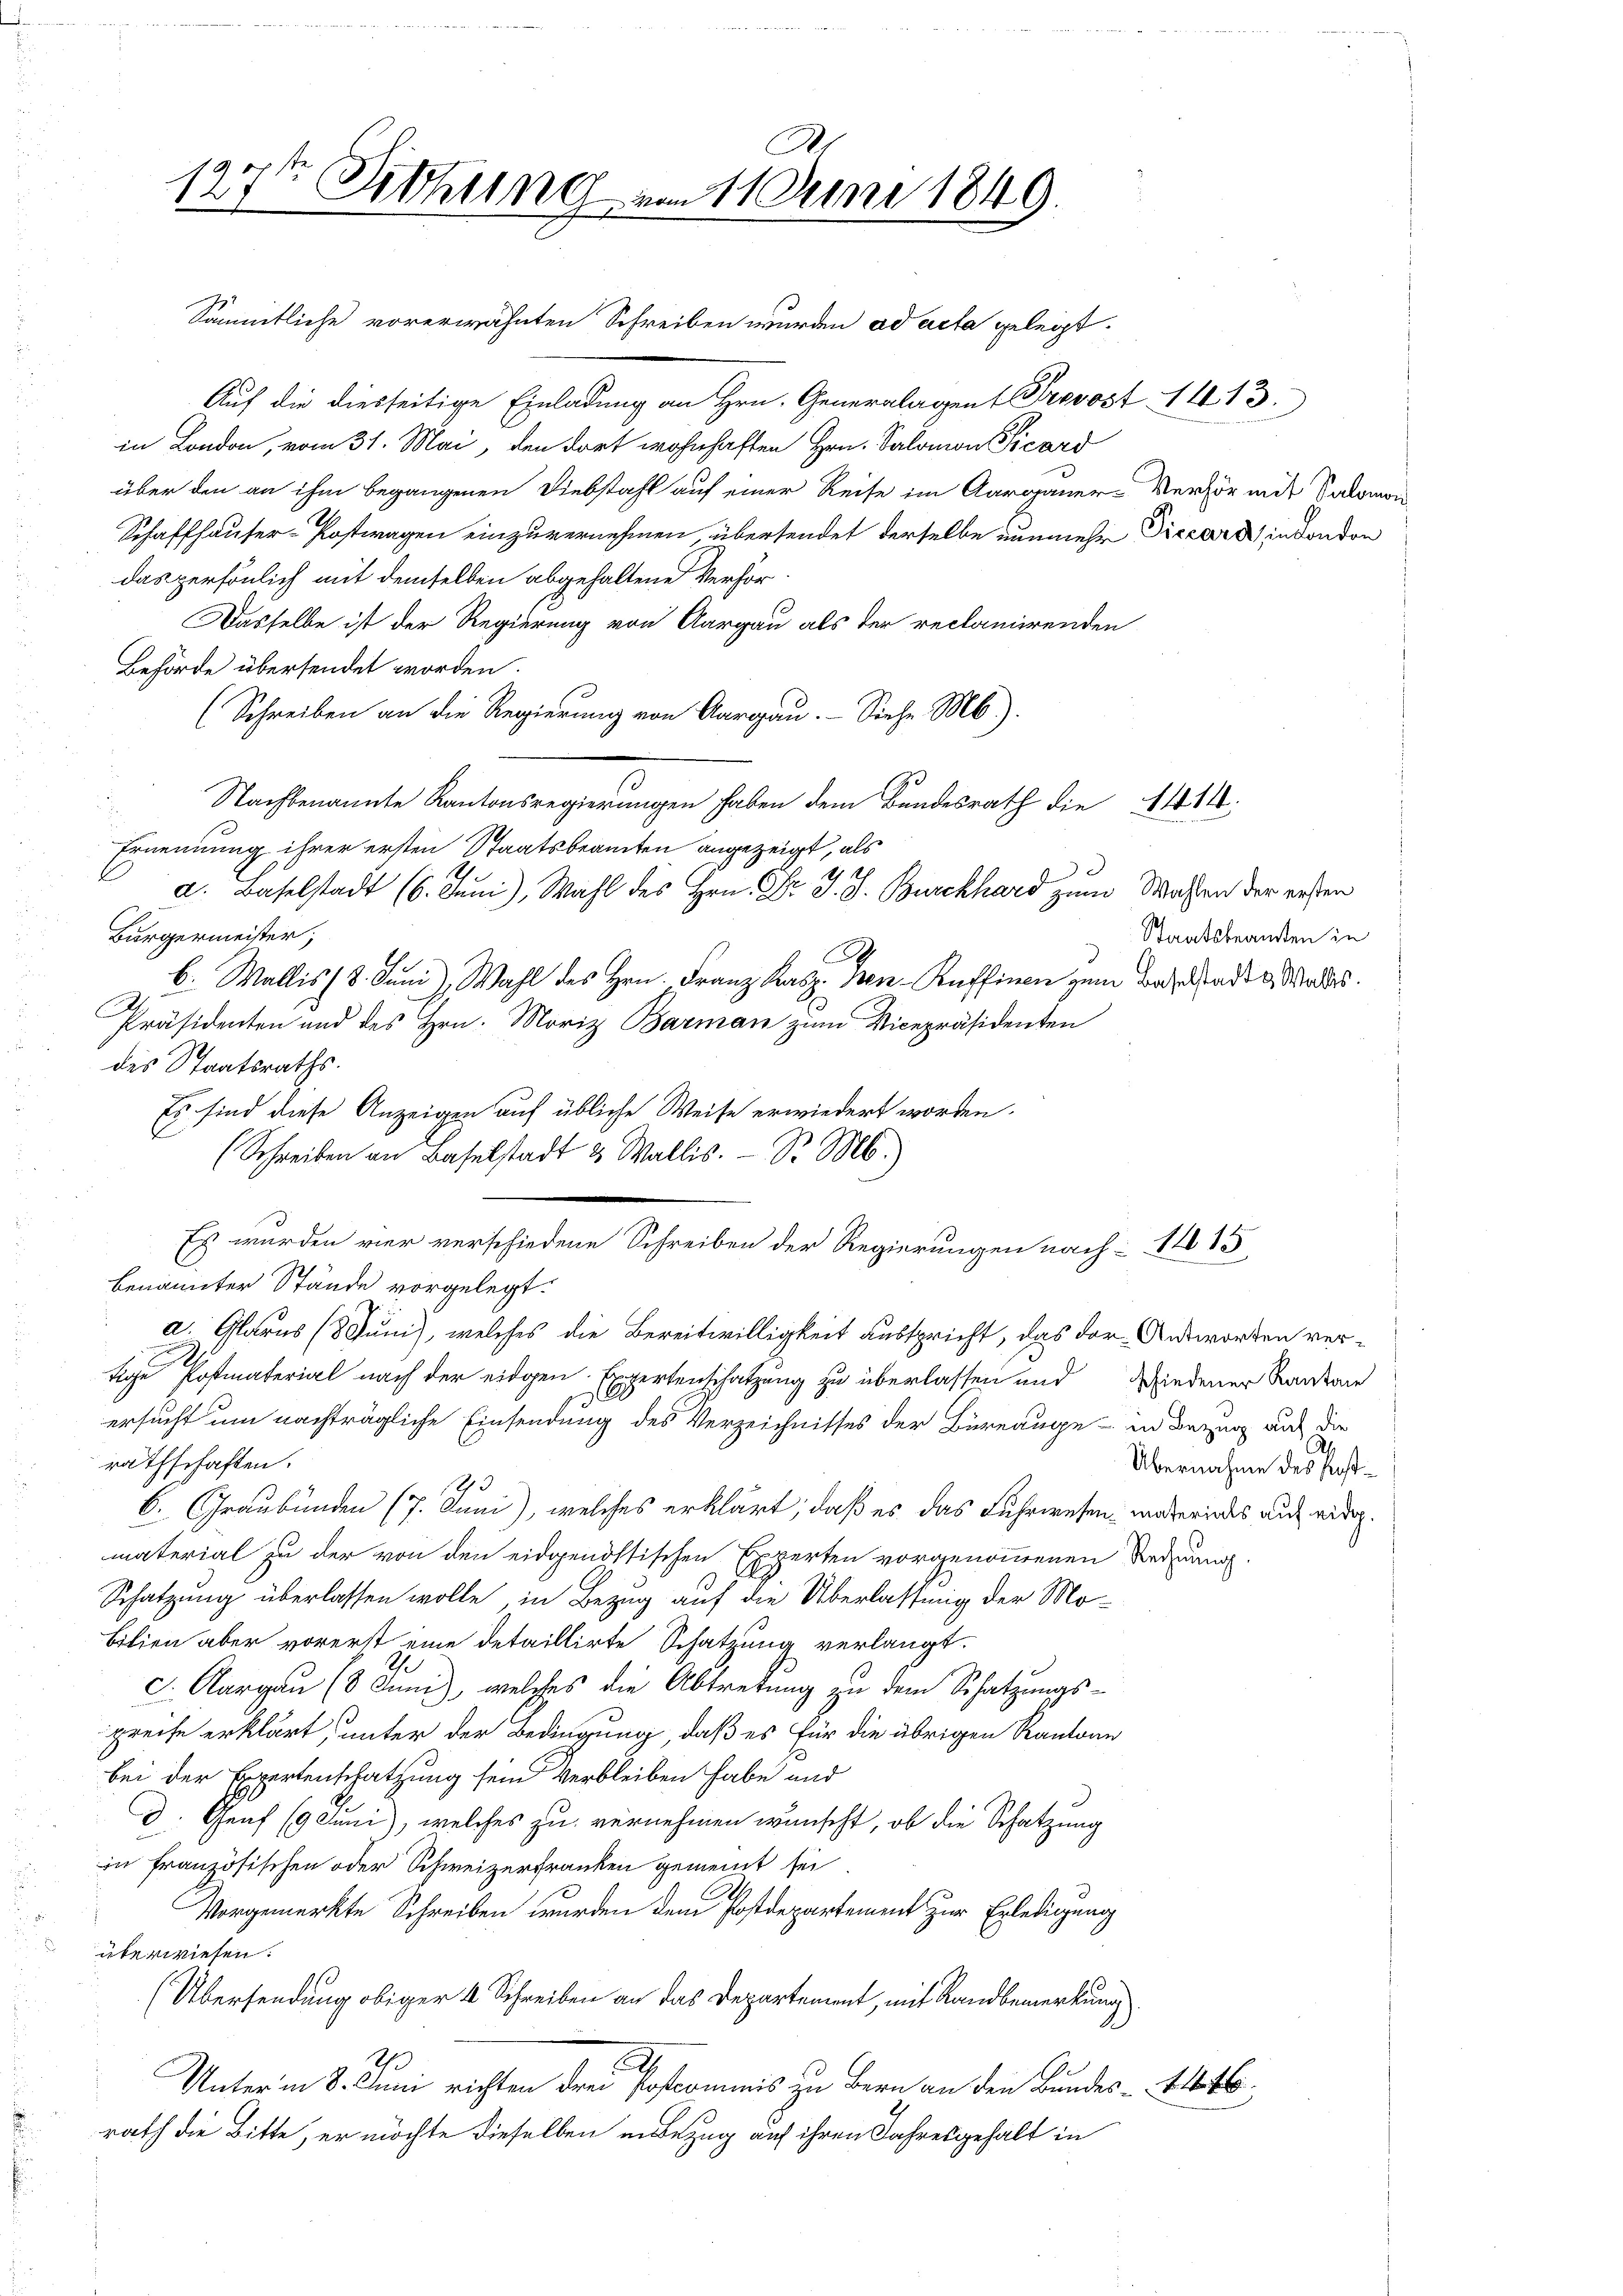
A.
127ten Sitzung am 11. Juni 1849.

Auf die diesseitige Einladung an Hrn. Generalagen Prevost 1413.
in London, vom 31. Mai, den dort wohnhaften Hrn. Salomon Picard
über den an ihm begangenen Diebstahl auf einer Reise im Aargauer-Verhör mit Salomon
Schaffhauser-Postwagen einzuvernehmen übersendet derselbe nunmehr Diccard in London
das persönlich mit demselben abgehaltene Verhör
Dasselbe ist der Regierung von Aargau als der reclamirenden
Behörde übersendet worden.
(Schreiben an die Regierung von Aargau. Siehe Mb.)
Nachbenannte Kantonsregierungen haben dem Bundesrath die 1414.
Ernennung ihrer ersten Staatsbeamten angezeigt, als
4
a. Baselstadt (6. Juni), Wahl des Hrn. Dr. S. S. Burckhard zum Wassen der ersten
Bürgermeister,
b. Wallis 18. Juni Wahl des Hrn. Franz Kasp. Ben-Keffinen zum Baselstadt, Waldes.
Präsidenten und des Hrn. Moriz Barman zum Vicepräsidenten
des Staatsraths.
Es sind diese Anzeigen auf übliche Weise erwiedert worden.
(Schreiben an Baselstadt & Wallis. S. M.)
Es wurden vier verschiedene Schreiben der Regierungen nach 1115
benannter Stände vorgelegt.
a. Glarus (Juni, welches die Bereitwilligkeit ausspricht, das der Antworten vertige Postmaterial nach der eidgen. Expertenschatzung zu überlassen und Wiedener Kardan
4
ersucht um nachträgliche Einsendung des Verzeichnisses der Büreauge - in Bezug auf die
rathschaften.
93
6. Graubünden (7. Juni), welches erklärt, daß es das Fuhrwesen unterindes auf wedermaterial zu der von den eidgenössischen Experten vorgenommenen Rede.
Schatzung überlassen wolle, in Bezug auf die Überlassung der Mobilien aber vorerst eine detaillirte Schatzung verlangt.
c. Aargau (8 Juni), welches die Abtretung zu dem Schatzungspreise erklärt, unter der Bedingung, daß es für die übrigen Kantone
bei der Expertenschatzung sein Verbleiben habe und
d. Genf (9 Juni, welches zu vernehmen wünscht, ob die Schatzung
in französischen oder Schweizerfranken gemeint sei
Vorgemerkte Schreiben wurden dem Postdepartement zur Erledigung
überwiesen.
(Übersendung obiger 4 Schreiben an das Departement, mit Randbemerkung
7
.
Unterm 8. Juni richten drei Postcommis zu Bern an den Bundes-
rath die Bitte, er möchte dieselben unbezug auf ihren Jahresgehalt in

Sämmtliche vorerwähnten Schreiben wurden ad acta gelegt.

Staatsbeamten in

Al
Übernahme des Post¬